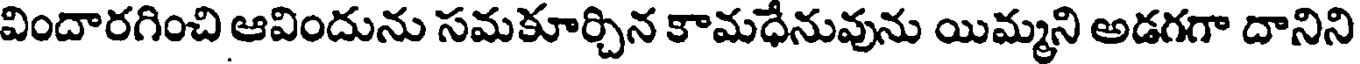
విందారగించి ఆవిందును సమకూర్చిన కామధేనువును యిమ్మని అడగగా దానిని